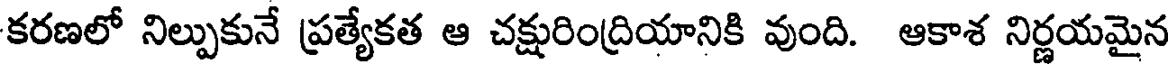
కరణలో నిల్పుకునే ప్రత్యేకత ఆ చక్షురింద్రియానికి వుంది. ఆకాశ నిర్ణయమైన